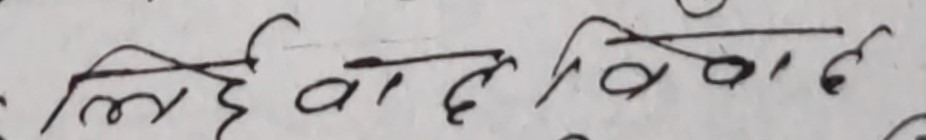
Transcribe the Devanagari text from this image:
लिई वाद विवाद